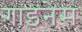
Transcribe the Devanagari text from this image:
गाइनेस